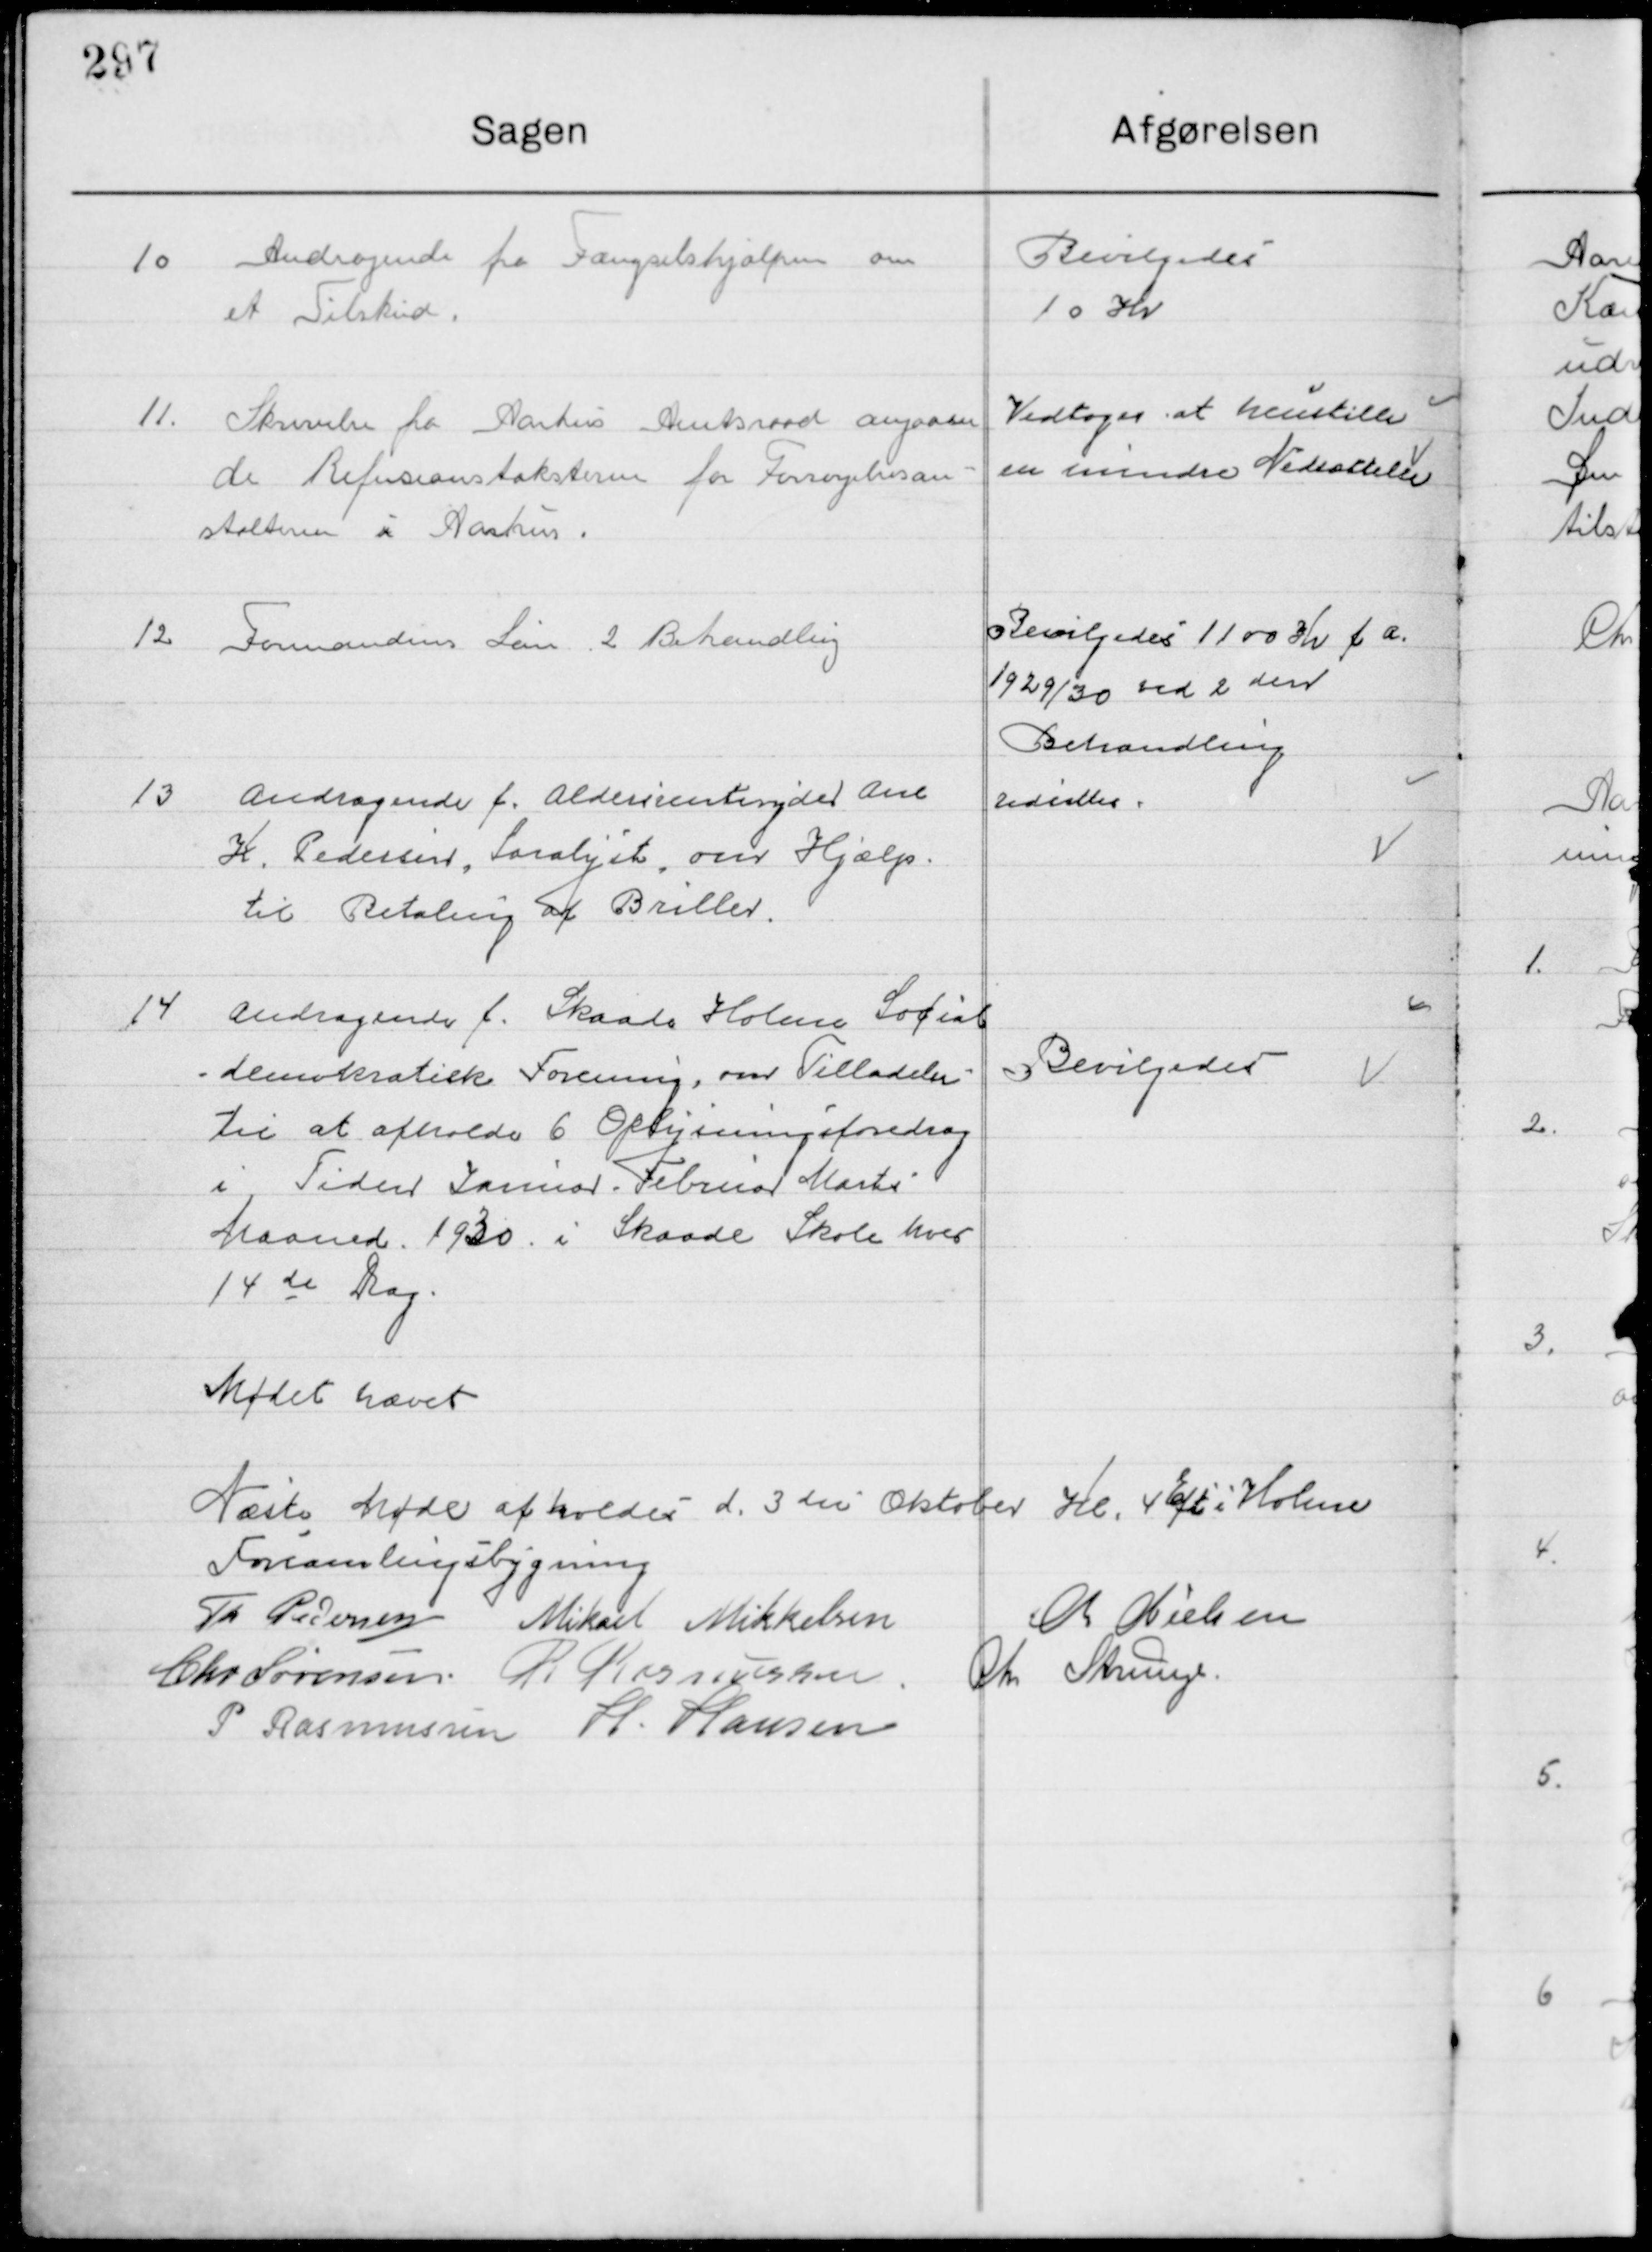
Transskription:
10

Andragende fra Fængselshjælpen om 
Et Tilskud

Bevilges 
10 Kr.

11

Skrivelse fra Århus Amtsraad angaaen-
de Refusionstaksterne fra Forsøgelsesan- 
stalten i Aarhus

Vedtoges at henstille
en mindre Nedsættelse

12

Formandens Løn 2. Behandling

Bevilgedes 1100 Kr. f. A.
1929/30 ved 2den
Behandling

13

Andragende f. Aldersrenteyder Arne
H. Pedersen, Saralyst, om Hjælp 
til Betaling af Briller.

Udsættes

14

Andragende f. Skaade Holme Social-
demokratisk forening, om Tilladelse 
til at afholde 6 Oplysningsforedrag 
i Tider Januar, Februar Marts
Maaned 1930 i Skaade Skole hver
14de Dag

Bevilgedes

Mødet hævet
Næste Møde afholdes d. 3die Oktober Kl. 4 Eft. i Holme
Forsamlingsbygning

Th. Pedersen
Mikael Mikkelsen
M. Nielsen
Chr. Sørensen
R. Rasmussen
Chr. Strunge
P. Rasmussen
H. Hansen